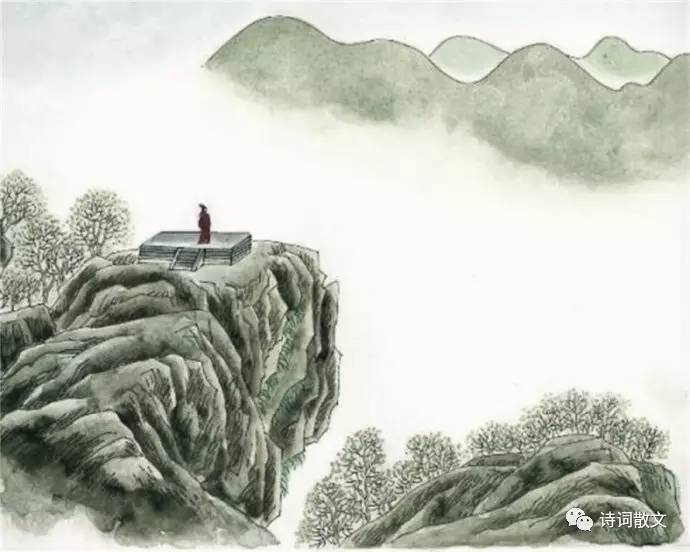
念天地之悠悠，独怆然而涕下。